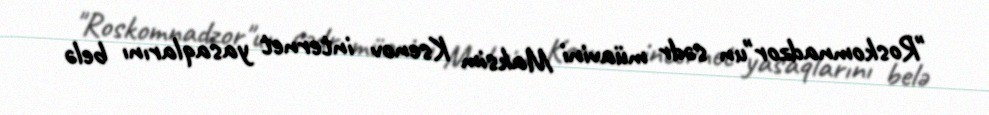
"Roskomnadzor"un sədr müavini Maksim Ksenov internet yasaqlarını belə